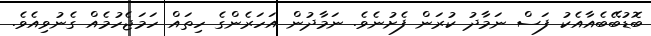
ބޮޑުބޭބެއާއެކު ފަސް ނަމާދު ކުރަން ފެށުނެވެ. ނަމާދުން އަހަރެންގެ ހިތައް ހަމަޖެހުމެއް ގެނުވިއެވެ.